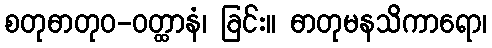
စတုဓာတုဝ-ဝတ္ထာနံ၊ ခြင်း။ ဓာတုမနသိကာရော၊